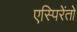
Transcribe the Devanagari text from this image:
एस्पिरेंतो